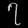
Digit: ၇